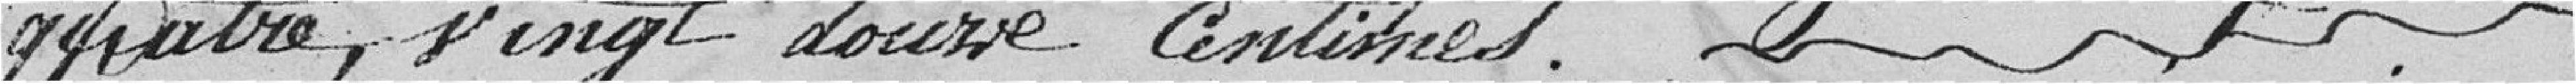
quatre vingt douze centimes.